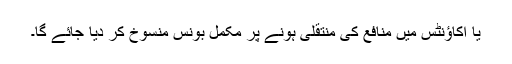
یا اکاؤنٹس میں منافع کی منتقلی ہونے پر مکمل بونس منسوخ کر دیا جائے گا۔